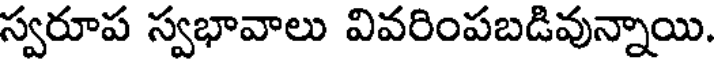
స్వరూప స్వభావాలు వివరింపబడివున్నాయి.